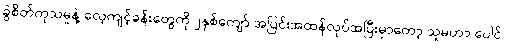
ခွဲစိတ်ကုသမှုနဲ့ လေ့ကျင့်ခန်းတွေကို ၂နှစ်ကျော် အပြင်းအထန်လုပ်အပြီးမှာတော့ သူမဟာ ပေါင်